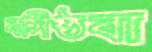
বসিষ্ঠবা